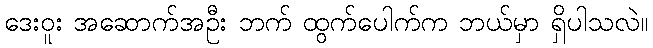
ဒေးဝူး အဆောက်အဦး ဘက် ထွက်ပေါက်က ဘယ်မှာ ရှိပါသလဲ။